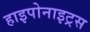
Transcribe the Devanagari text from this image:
हाइपोनाइट्रस